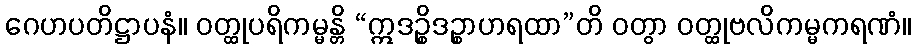
ဂေဟပတိဋ္ဌာပနံ။ ဝတ္ထုပရိကမ္မန္တိ “ဣဒဉ္စိဒဉ္စာဟရထာ”တိ ဝတွာ ဝတ္ထုဗလိကမ္မကရဏံ။